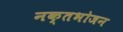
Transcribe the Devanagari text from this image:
नक्तभोजन